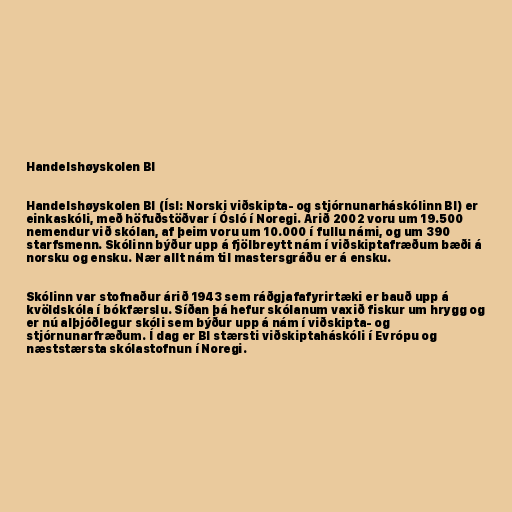
Handelshøyskolen BI

Handelshøyskolen BI (Ísl: Norski viðskipta- og stjórnunarháskólinn BI) er
einkaskóli, með höfuðstöðvar í Ósló í Noregi. Árið 2002 voru um 19.500
nemendur við skólan, af þeim voru um 10.000 í fullu námi, og um 390
starfsmenn. Skólinn býður upp á fjölbreytt nám í viðskiptafræðum bæði á
norsku og ensku. Nær allt nám til mastersgráðu er á ensku.

Skólinn var stofnaður árið 1943 sem ráðgjafafyrirtæki er bauð upp á
kvöldskóla í bókfærslu. Síðan þá hefur skólanum vaxið fiskur um hrygg og
er nú alþjóðlegur skóli sem býður upp á nám í viðskipta- og
stjórnunarfræðum. Í dag er BI stærsti viðskiptaháskóli í Evrópu og
næststærsta skólastofnun í Noregi.